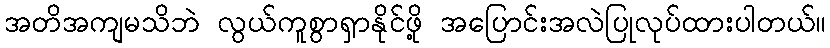
အတိအကျမသိဘဲ လွယ်ကူစွာရှာနိုင်ဖို့ အပြောင်းအလဲပြုလုပ်ထားပါတယ်။